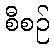
စီစဉ်